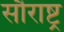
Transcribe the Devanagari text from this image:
सौराष्ट्र्